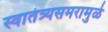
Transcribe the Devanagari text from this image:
स्वातंत्र्यसमरामुळे